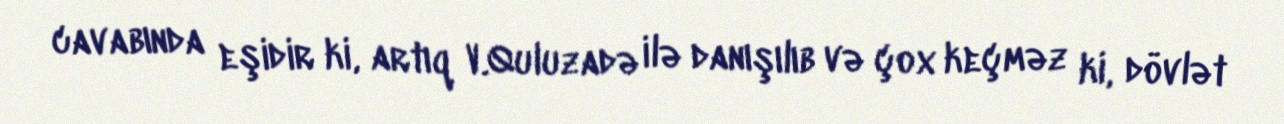
cavabında eşidir ki, artıq V.Quluzadə ilə danışılıb və çox keçməz ki, dövlət